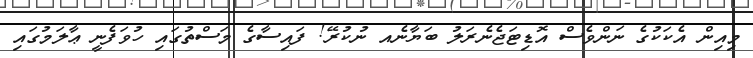
މިއިން އެކަކުގެ ނަންވެސް އޮޑިޓަޖެނެރަލު ބަޔާނެއ ނުކުރޭ! ފައިސާގެ މަސްތުގައި ހުވަފެނީ ޢާލަމުގައި